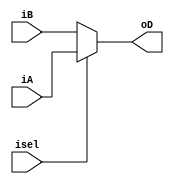
`timescale 1ns / 1ps
//////////////////////////////////////////////////////////////////////////////////
// Company: 
// Engineer: 
// 
// Design Name: 
// Module Name: MUX8to4
// Project Name: 
// Target Devices: 
// Tool Versions: 
// Description: 
// 
// Dependencies: 
// 
// Revision:
// Revision 0.01 - File Created
// Additional Comments:
// 
//////////////////////////////////////////////////////////////////////////////////


module MUX2to1_group
#(
    parameter DW = 4
)
(
    (* DONT_TOUCH= "TRUE" *)input [DW-1 :0] iA,//DW input bits
    (* DONT_TOUCH= "TRUE" *)input [DW-1 :0] iB,
    (* DONT_TOUCH= "TRUE" *)input isel,//   Single bit for selection
    (* DONT_TOUCH= "TRUE" *)output [DW-1 :0] oD
    );
    
    assign oD = isel ? iA : iB;
endmodule